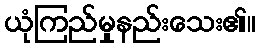
ယုံကြည်မှုနည်းသေး၏။